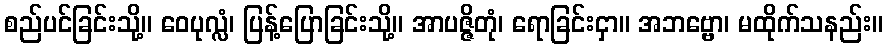
စည်ပင်ခြင်းသို့။ ဝေပုလ္လံ၊ ပြန့်ပြောခြင်းသို့။ အာပဇ္ဇိတုံ၊ ရောခြင်းငှာ။ အဘဗ္ဗော၊ မထိုက်သနည်း။